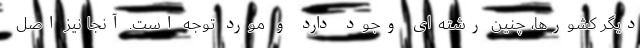
دیگر کشورها، چنین رشته‌ای وجود دارد و مورد توجه است. آنجا نیز اصل